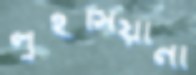
লুইসিয়ানা